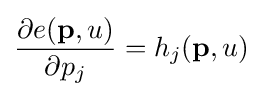
{\frac {\partial e(\mathbf {p} ,u)}{\partial p_{j}}}=h_{j}(\mathbf {p} ,u)